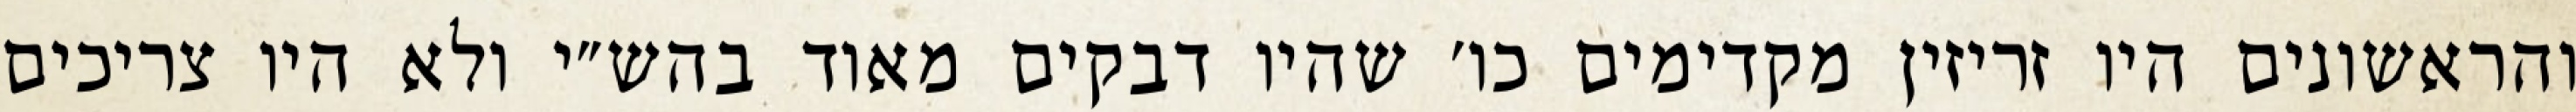
והראשונים היו זריזין מקדימים כו׳ שהיו דבקים מאוד בהש״י ולא היו צריכים